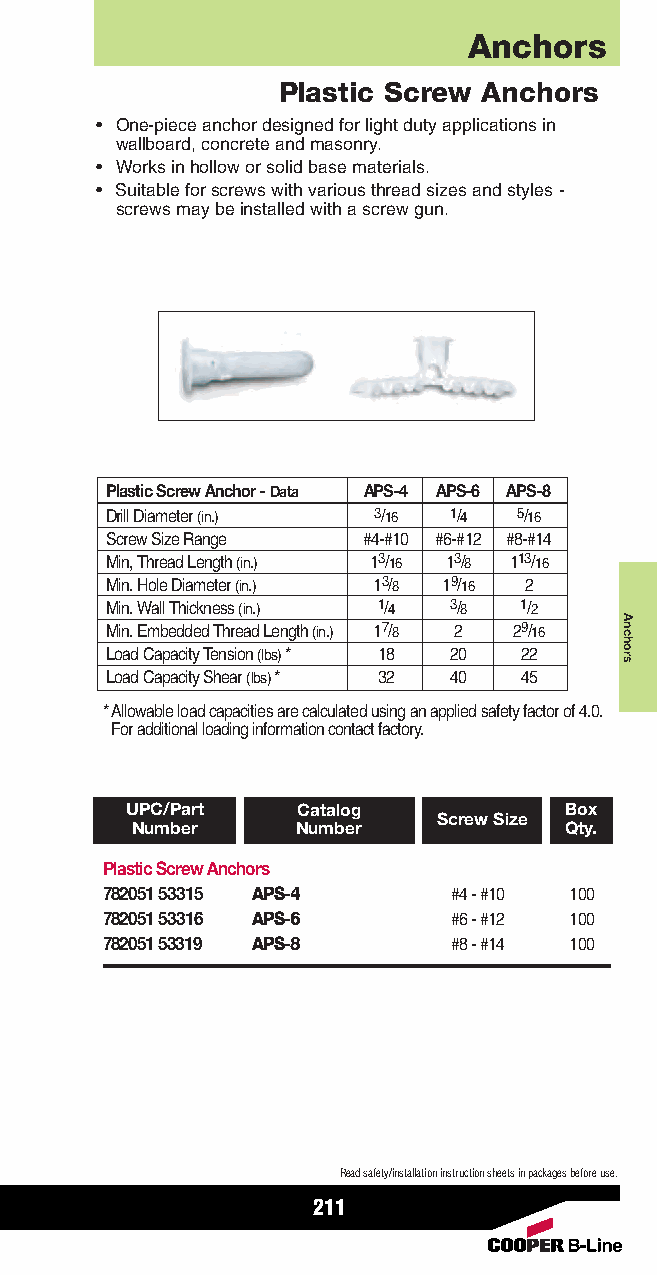
Anchors
 Plastic Screw Anchors
 • One-piece anchor designed for light duty applications in
 wallboard, concrete and masonry.
 • Works in hollow or solid base materials.
 • Suitable for screws with various thread sizes and styles -
 screws may be installed with a screw gun.
 Plastic Screw Anchor - Data APS-4 APS-6 APS-8
 Drill Diameter (in.) 3/16 1/4 5/16
 Screw Size Range #4-#10 #6-#12 #8-#14
 Min, Thread Length (in.) 13/16 13/8 113/16
 Min. Hole Diameter (in.) 13/8 19/16 2
 Min. Wall Thickness (in.) 1/4 3/8 1/2
 Min. Embedded Thread Length (in.) 17/8 2 29/16
 Load Capacity Tension (lbs) * 18 20 22
 Load Capacity Shear (lbs) * 32 40 45
 * Allowable load capacities are calculated using an applied safety factor of 4.0.
 For additional loading information contact factory.
 UPC/Part    Catalog          Box
 Screw Size
 Number     Number           Qty.
 Plastic Screw Anchors
 782051 53315 APS-4     #4 - #10 100
 782051 53316 APS-6     #6 - #12 100
 782051 53319 APS-8     #8 - #14 100
 Read safety/installation instruction sheets in packages before use.
 211
 Anchors